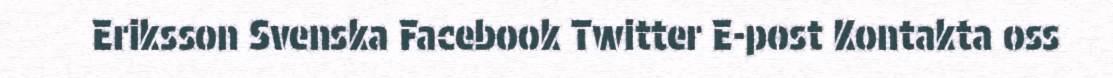
Eriksson Svenska Facebook Twitter E-post Kontakta oss